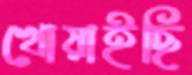
খোয়াইছি